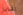
اقابل